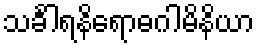
သင်္ခါရနိရောဓဂါမိနိယာ